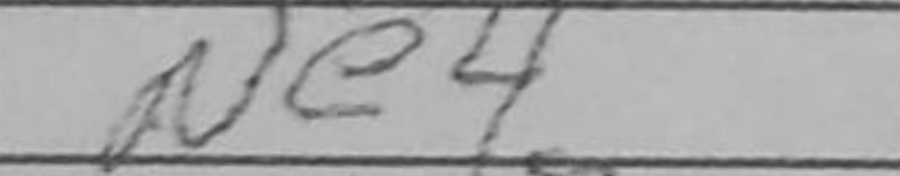
Transcription: Ne4